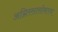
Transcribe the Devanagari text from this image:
अग्निरसासोबतच